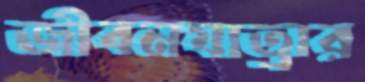
জীবনযাত্রার